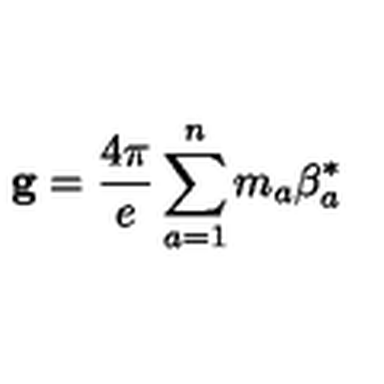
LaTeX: { \bf g } = { \frac { 4 \pi } { e } } \sum _ { a = 1 } ^ { n } m _ { a } { \mathrm { \boldmath \beta } } _ { a } ^ { * }